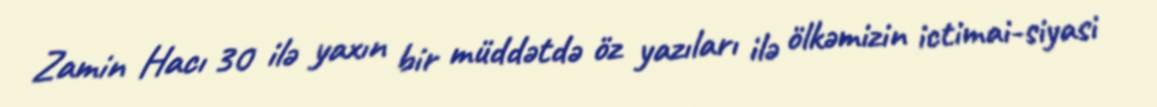
Zamin Hacı 30 ilə yaxın bir müddətdə öz yazıları ilə ölkəmizin ictimai-siyasi